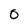
Character: 0